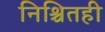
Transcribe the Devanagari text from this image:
निश्चितही